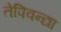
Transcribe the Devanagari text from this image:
तेपिवन्द्या